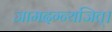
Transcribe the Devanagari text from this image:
जामदग्न्यजित्‌।